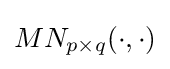
MN_{p\times q}(\cdot ,\cdot )